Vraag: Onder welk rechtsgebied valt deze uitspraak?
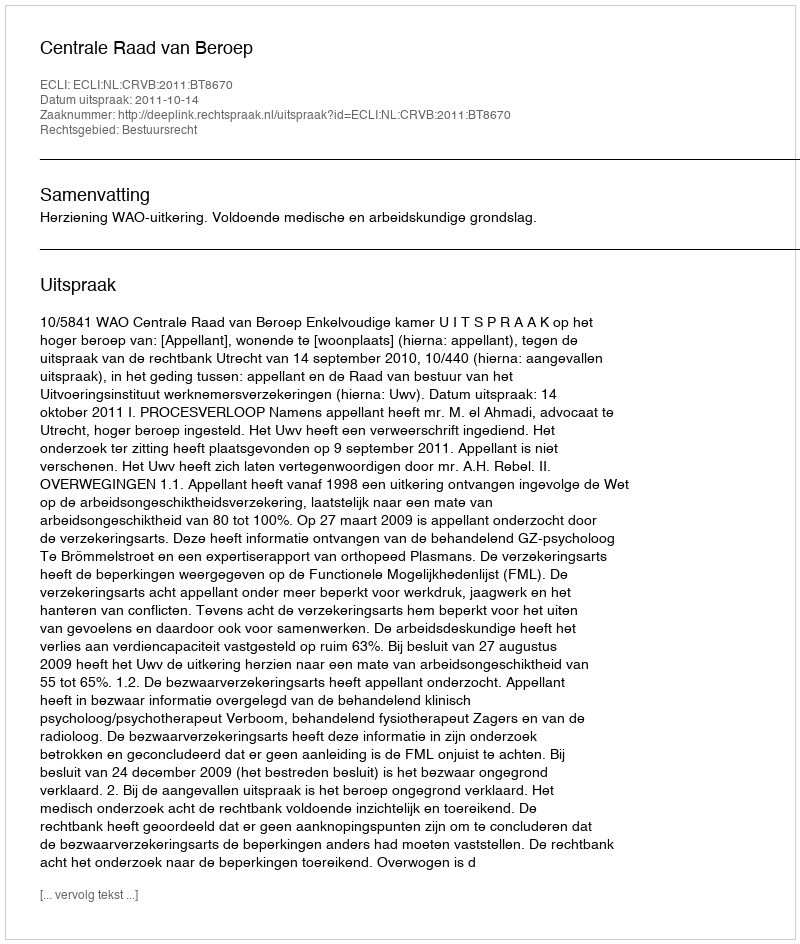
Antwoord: Bestuursrecht